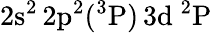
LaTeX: \mathrm{2s^{2}\, 2p^{2}(^{3}P)\, 3d~^{2}P}